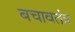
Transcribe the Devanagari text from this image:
बचावतंत्र